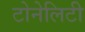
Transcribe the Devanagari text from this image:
टोनेलिटी